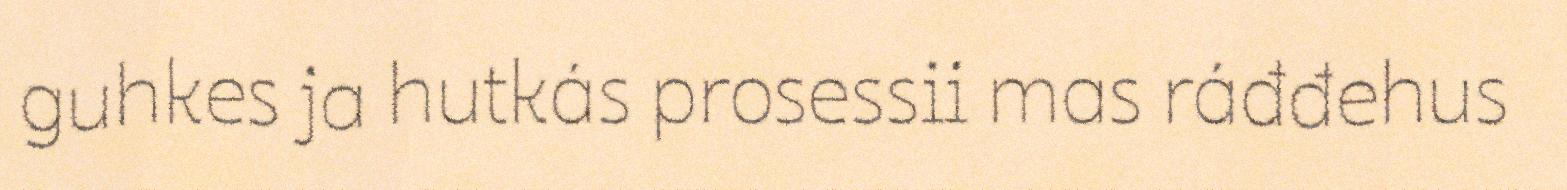
guhkes ja hutkás prosessii mas ráđđehus